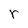
Character: r